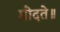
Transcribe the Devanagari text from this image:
मोदते॥